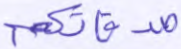
صدقاتكم